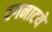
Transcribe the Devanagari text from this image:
वगनाटये